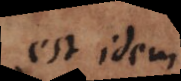
est idem.